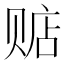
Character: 𲃂